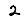
Digit: 2